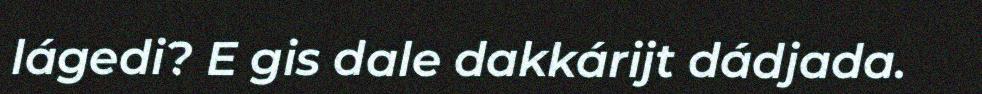
lágedi? E gis dale dakkárijt dádjada.